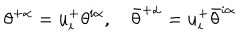
\theta ^ { + \alpha } = u _ { i } ^ { + } \theta ^ { i \alpha } , \quad \bar { \theta } ^ { + \dot { \alpha } } = u _ { i } ^ { + } \bar { \theta } ^ { i \dot { \alpha } }